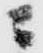
ニ